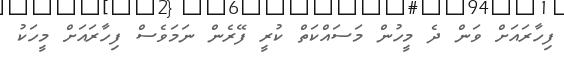
ފިހާރައަށް ވަން ދެ މީހުން މަސައްކަތް ކުރީ ފޭރެން ނަމަވެސް ފިހާރައަށް މީހަކު